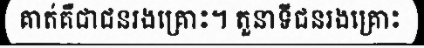
គាត់គឺជាជនរងគ្រោះ។ តួនាទីជនរងគ្រោះ